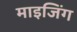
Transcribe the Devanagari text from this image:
माइजिंग